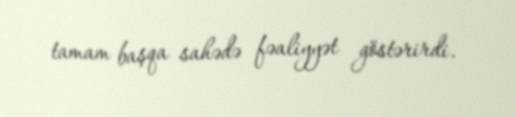
tamam başqa sahədə fəaliyyət göstərirdi.